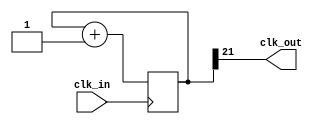
//-------------------------------------------------------------
//-- Prescaler de N bits
//-- (C) BQ. August 2015. Written by Juan Gonzalez (obijuan)
//-------------------------------------------------------------
//-- Prescaler generico, para ralentizar las seales de reloj
//-------------------------------------------------------------

//-- Entrada: seal de reloj de entrada
//-- Salida: Seal de reloj de salida, con menor frecuencia

`default_nettype none

module prescaler(input wire clk_in, output wire clk_out);
  //-- Numero de bits del prescaler (por defecto)
  parameter N = 22;

  //-- Registro para implementar contador de N bits
  reg [N-1:0] count = 0;

  //-- El bit ms significativo se saca por la salida
  assign clk_out = count[N-1];

  //-- Contador: se incrementa en flanco de subida
  always @(posedge(clk_in)) begin
    count <= count + 1;
  end

endmodule